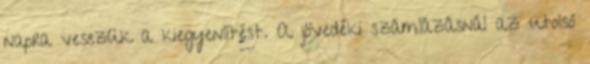
napra vesszük a kiegyenlítést. A jövedéki számlázásnál az utolsó